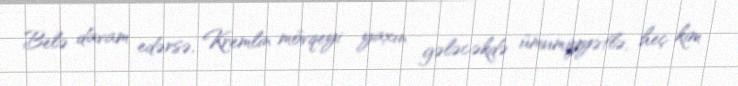
Belə davam edərsə, Kremlin mövqeyi yaxın gələcəkdə ümumiyyətlə, heç kim